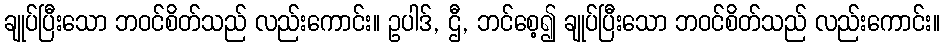
ချုပ်ပြီးသော ဘဝင်စိတ်သည် လည်းကောင်း။ ဥပါဒ်, ဌီ, ဘင်စေ့၍ ချုပ်ပြီးသော ဘဝင်စိတ်သည် လည်းကောင်း။